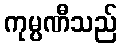
ကုမ္ပဏီသည်